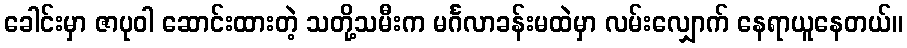
ခေါင်းမှာ ဇာပုဝါ ဆောင်းထားတဲ့ သတို့သမီးက မင်္ဂလာခန်းမထဲမှာ လမ်းလျှောက် နေရာယူနေတယ်။